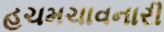
હચમચાવનારી